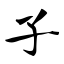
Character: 子